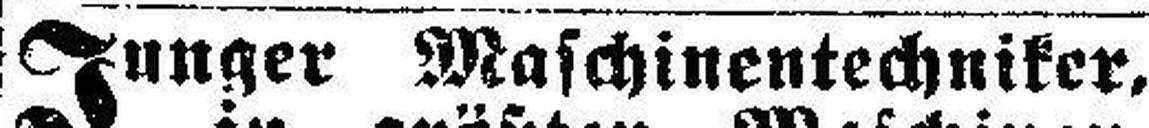
Junger Maschinentechniker.